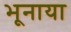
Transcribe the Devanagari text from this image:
भूनाया